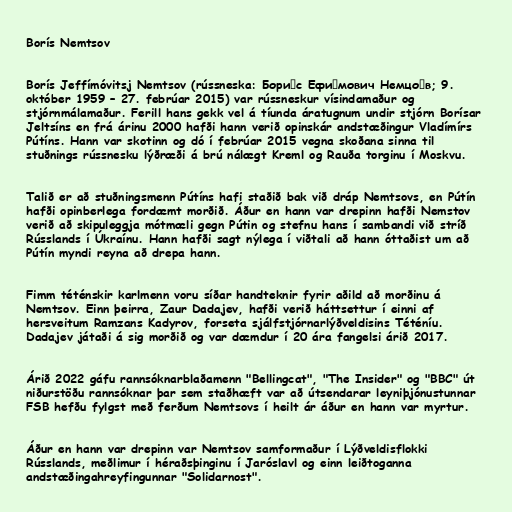
Borís Nemtsov

Borís Jeffímóvitsj Nemtsov (rússneska: Бори́с Ефи́мович Немцо́в; 9.
október 1959 – 27. febrúar 2015) var rússneskur vísindamaður og
stjórnmálamaður. Ferill hans gekk vel á tíunda áratugnum undir stjórn Borísar
Jeltsíns en frá árinu 2000 hafði hann verið opinskár andstæðingur Vladímírs
Pútíns. Hann var skotinn og dó í febrúar 2015 vegna skoðana sinna til
stuðnings rússnesku lýðræði á brú nálægt Kreml og Rauða torginu í Moskvu.

Talið er að stuðningsmenn Pútíns hafi staðið bak við dráp Nemtsovs, en Pútín
hafði opinberlega fordæmt morðið. Áður en hann var drepinn hafði Nemstov
verið að skipuleggja mótmæli gegn Pútin og stefnu hans í sambandi við stríð
Rússlands í Úkraínu. Hann hafði sagt nýlega í viðtali að hann óttaðist um að
Pútín myndi reyna að drepa hann.

Fimm téténskir karlmenn voru síðar handteknir fyrir aðild að morðinu á
Nemtsov. Einn þeirra, Zaur Dadajev, hafði verið háttsettur í einni af
hersveitum Ramzans Kadyrov, forseta sjálfstjórnarlýðveldisins Téténíu.
Dadajev játaði á sig morðið og var dæmdur í 20 ára fangelsi árið 2017.

Árið 2022 gáfu rannsóknarblaðamenn "Bellingcat", "The Insider" og "BBC" út
niðurstöðu rannsóknar þar sem staðhæft var að útsendarar leyniþjónustunnar
FSB hefðu fylgst með ferðum Nemtsovs í heilt ár áður en hann var myrtur.

Áður en hann var drepinn var Nemtsov samformaður í Lýðveldisflokki
Rússlands, meðlimur í héraðsþinginu í Jaróslavl og einn leiðtoganna
andstæðingahreyfingunnar "Solidarnost".